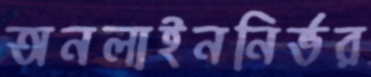
অনলাইননির্ভর